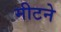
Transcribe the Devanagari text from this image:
मीटने